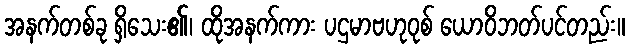
အနက်တစ်ခု ရှိသေး၏၊ ထိုအနက်ကား ပဌမာဗဟုဝုစ် ယောဝိဘတ်ပင်တည်း။